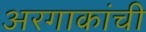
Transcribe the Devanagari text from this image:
अरगाकांची